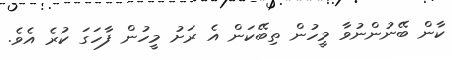
ކާން ބޭނުންނުވާ މީހުން ތިބޭކަން އެ ރަށު މީހުން ފާހަގަ ކުރެ އެވެ.